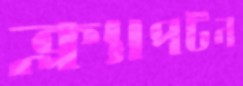
ক্ল্যাপটন